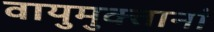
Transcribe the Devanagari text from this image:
वायुमुक्तानां